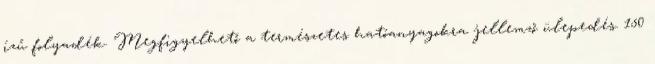
ízű folyadék. Megfigyelhető a természetes hatóanyagokra jellemző ülepedés. 150